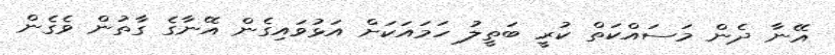
އޭނާ ދެން މަސައްކަތް ކުރީ ބަތީލު ހަމައަކަށް އަޅުވައިގެން އޭނާގެ ގާތުން ވެގެން